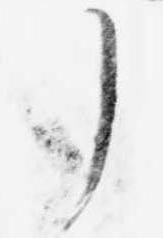
了